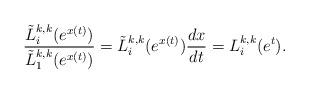
LaTeX: \begin{align*}\frac{\tilde{L}_{i}^{k,k}(e^{x(t)})}{\tilde{L}_{1}^{k,k}(e^{x(t)})}=\tilde{L}_{i}^{k,k}(e^{x(t)}){\frac{dx}{dt}}=L_{i}^{k,k}(e^{t}).\end{align*}